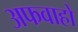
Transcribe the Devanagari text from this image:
अफवाहो